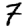
Digit: 7